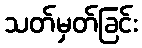
သတ်မှတ်ခြင်း